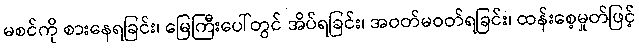
မစင်ကို စားနေရခြင်း၊ မြေကြီးပေါ်တွင် အိပ်ရခြင်း၊ အဝတ်မဝတ်ရခြင်း၊ ထန်းစေ့မှုတ်ဖြင့်